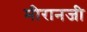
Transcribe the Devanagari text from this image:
मीरानजी